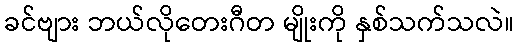
ခင်ဗျား ဘယ်လိုတေးဂီတ မျိုးကို နှစ်သက်သလဲ။